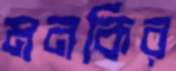
মনকির